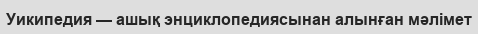
Уикипедия — ашық энциклопедиясынан алынған мәлімет